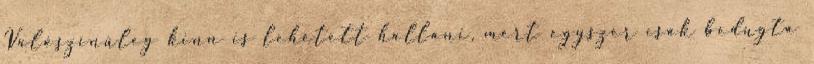
Valószínűleg kinn is lehetett hallani, mert egyszer csak bedugta